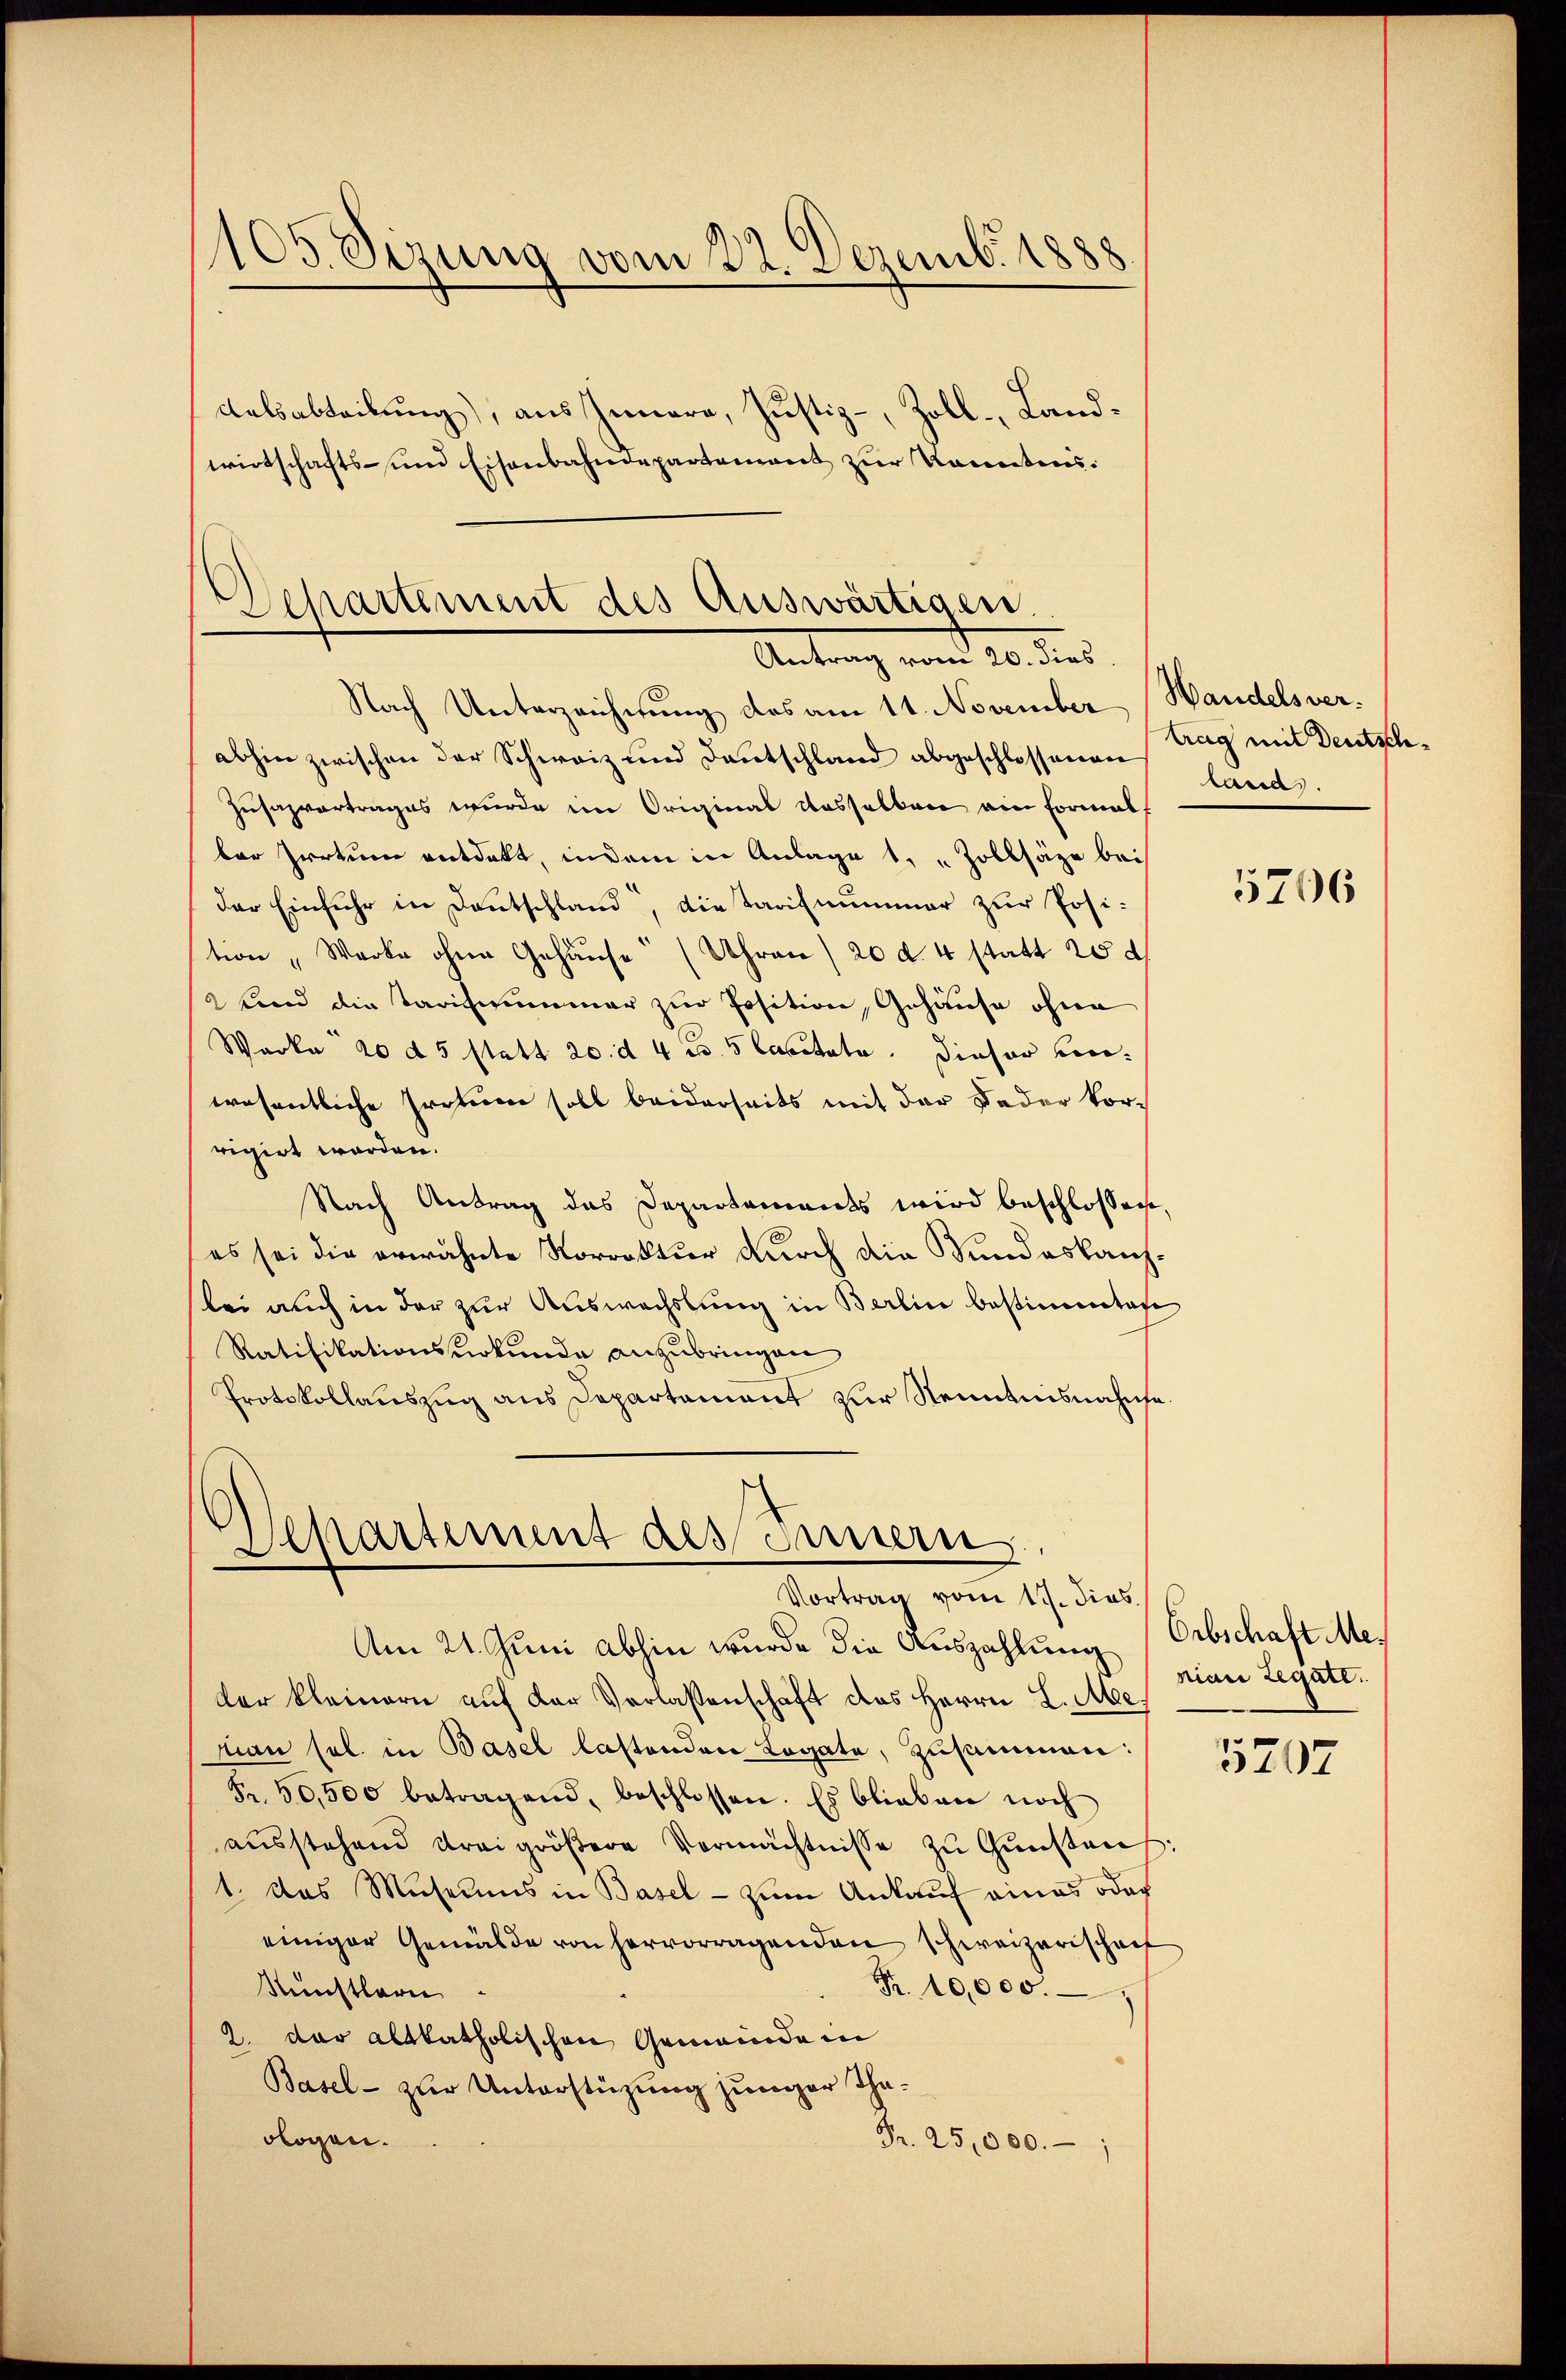
105. Sizung vom 22. Dezemb. 1888
dalsabteilung), aus Innern, Justiz-, Zoll-Landwirtschafts- und Eisenbahndepartement zur Kenntnis:

Departement des Auswärtigen.
Antrag vom 20. dies

Nach Unterzeichnung des am 11. November Handelsverabhin zwischen der Schweiz und Deutschland abgeschlossenen
Zusazvortrages wurde im Original dasselben ain Formals
ber Irrtum entdekt, indem in Anlage 1. " Zollsäze bei
der Einfuhr in Deutschland, dietarifnummer zur Posi-
tion „Werke ohne Gehäuse (Uhren / 20 d. 4 statt 20 d
2 und die Tarifirummer zur Position, Gehäuse ohne
Warka 20 d5 statt 20. d. 4 u. 5 Cacitate. Dieser verwesentliche Protum soll beiderseits mit der Feder Vorrigirt worden.
Nach Antrag das Departaments wird beschlossen,
(es sei die erwähnte Korrektur durch die Sundeskanzbei auch in der zur Auswechslung in Berlin bestimmtete
Ratifikationsurkunde anzubringen
Protokollauszug aus Departament zur Nenntnisnahme¬

Alkartement des Innern
Vortrag vom 19. dies

trag mit Deutschland.

Am 21. Juni abhin wurde die Auszahlung (Erbschaft Meder kleinern auf der Verlassenschaft das Herrn L. Meman sol in Basel lastenden Legate, zusammen:
Fr. 50,500 betragend, beschlossen. Es blieben noch
aŭsstehend drei gröβere Vermächtnisse zŭ Gŭnstauf:
1. Das Museums in Basel - zum Ankauf eines oder
einiger Gemälde von hervorragenden schweizerischaf
Künstlerie
Fr. 10,000.
2. der altkatholischen Gemeinde in
Basel - zur Unterstüzung junger Thaologen.
Fr. 25,000. 1

5706

nian Legate.

5707